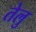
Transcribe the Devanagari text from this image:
तेलु